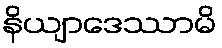
နိယျာဒေဿာမိ